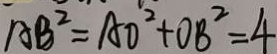
A B ^ { 2 } = A O ^ { 2 } + O B ^ { 2 } = 4